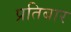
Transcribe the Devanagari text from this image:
प्रतिबार